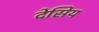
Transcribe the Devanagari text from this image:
देसिय